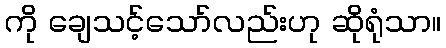
ကို ချေသင့်သော်လည်းဟု ဆိုရုံသာ။